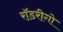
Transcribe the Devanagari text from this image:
रॉडरीगो